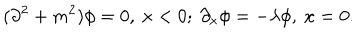
( \partial ^ { 2 } + m ^ { 2 } ) \phi = 0 , \ x < 0 ; \ \partial _ { x } \phi = - \lambda \phi , \ x = 0 .